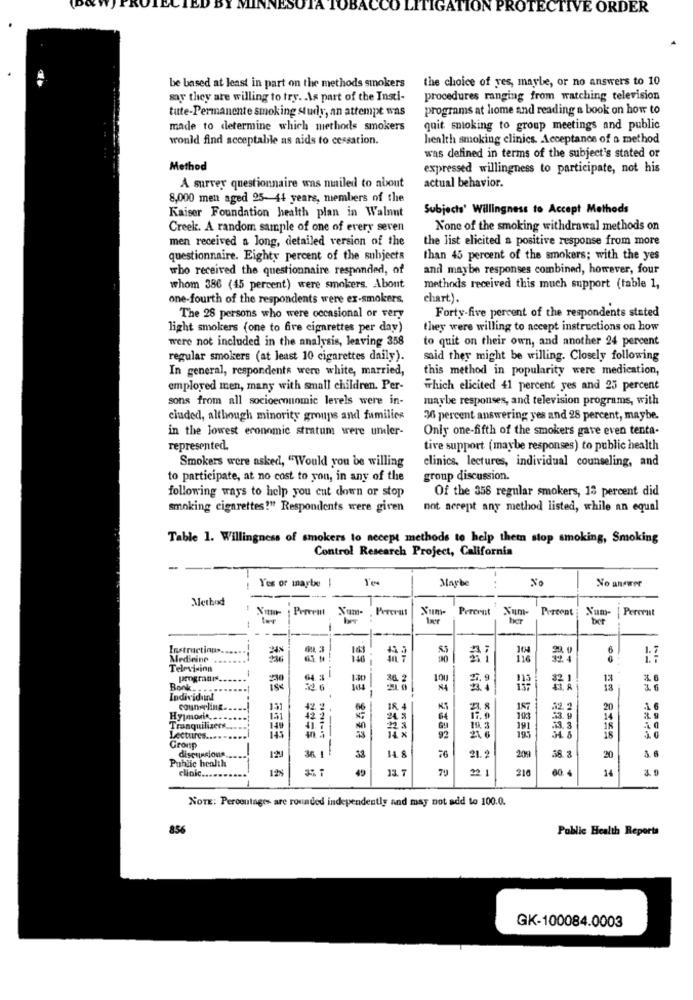
BAC
TIGATION PROTECTIVE ORDER
be based at least in part on the methods smokers
the choice of yes, maybe, or no answers to 10
say they are willing to try. As part of the Insti-
procedures ranging from watching television
tute-Permanente smoking study, an attempt was
programs at home and reading a book on how to
made to determine which methods smokers
quit snloking to group meetings and public
would find acceptable as aids to cessation.
health smoking clinics. Acceptance of a method
was defined in terms of the subject's stated or
Method
expressed willingness to participate, not his
A survey questionnaire was mailed to about
actual behavior.
8,000 men aged 25-44 years, members of the
Subjects' Willingness to Accept Methods
Kaiser Foundation health plan in Walnut
Creek. A random sample of one of every seven
None of the smoking withdrawal methods on
men received a long, detailed version of the
the list elicited a positive response from more
questionnaire. Eighty percent of the subjects
than 45 percent of the smokers; with the yes
who received the questionnaire responded, of
and maybe responses combined, however, four
whom 386 (45 percent) were smokers. About
methods received this much support (table 1,
one-fourth of the respondents were ex-smokers.
chart).
Forty-five percent of the respondents stated
The 28 persons who were occasional or very
light smokers (one to fire cigarettes per day)
they were willing to accept instructions on how
were not included in the analysis, leaving 358
to quit on their own, and another 24 percent
regular smokers (at least 10 cigarettes daily).
said they might be willing. Closely following
In general, respondents were white, married,
this method in popularity were medication,
employed men, many with small children. Per-
which elicited 41 percent yes and 25 percent
sons from all socioeconomic levels were in-
maybe responses, and television programs, with
cluded, although minority groups and families
36 percent answering yes and 28 percent, maybe.
in the lowest economic stratum were umler-
Only one-fifth of the smokers gave even tenta-
represented.
tive support (maybe responses) to public health
Smokers were asked, "Would you be willing
clinics, lectures, individual counseling, and
to participate, at no cost to yon, in any of the
group discussion.
following ways to help you cut down or stop
Of the 358 regular smokers, 18 percent did
smoking cigarettes!" Respondents were given
not aerent any method listed, while an equal
Table 1. Willingness of smokers to necept methods to help them stop smoking, Smoking
Control Research Project, California
Yes or maybe
-
Maybe
No answer
Method
Porerat
Num-
Pererat
Xum-
Percent
Xum-
Percent
Num-
| Peremat
Instructions.
Medicine
146
116
Television
--
programrs
64
36. 2
Bonk. ..
-
26
Individunl
.
counseling.
151
66
18. 4
2. 8
157
22. 2
-1 6
Hypmorin,
131
24.2
108
Tranquilizers.
92
21. 6
19. 3
18
Lectures.
34 8
18
Group
discussions
36 1
--
Public health
129
33
14 8
76
21. 2
209
58. 8
20
clinic ...
125
45
221
210
60. 4
14
NOTE: Perooutages are rounded independently and may not add to 100.0.
856
Public Health Reports
GK-100084.0003